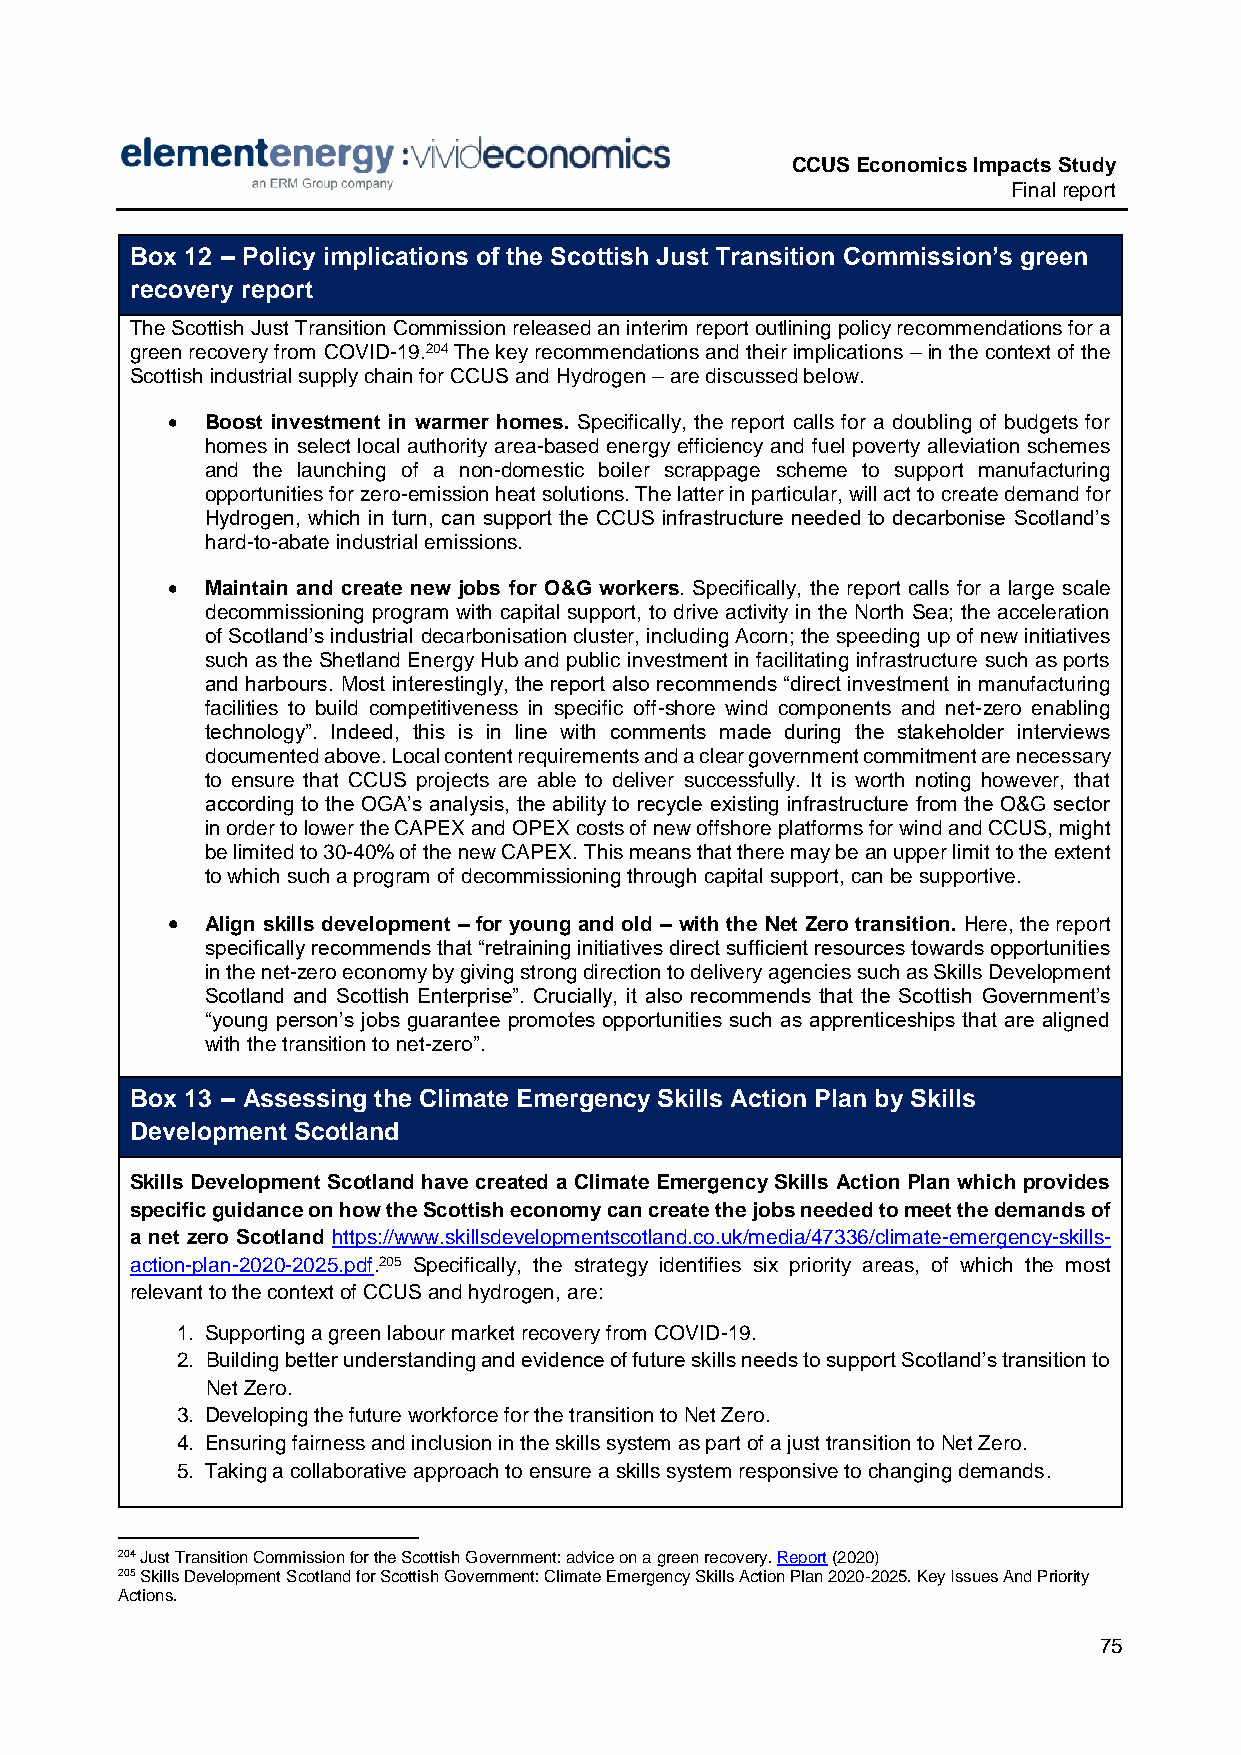
CCUS Economics Impacts Study
 Final report
 Box 12 – Policy implications of the Scottish Just Transition Commission’s green
 recovery report
 The Scottish Just Transition Commission released an interim report outlining policy recommendations for a
 green recovery from COVID-19.204 The key recommendations and their implications – in the context of the
 Scottish industrial supply chain for CCUS and Hydrogen – are discussed below.
   Boost investment in warmer homes. Specifically, the report calls for a doubling of budgets for
 homes in select local authority area-based energy efficiency and fuel poverty alleviation schemes
 and the launching of a non-domestic boiler scrappage scheme to support manufacturing
 opportunities for zero-emission heat solutions. The latter in particular, will act to create demand for
 Hydrogen, which in turn, can support the CCUS infrastructure needed to decarbonise Scotland’s
 hard-to-abate industrial emissions.
   Maintain and create new jobs for O&G workers. Specifically, the report calls for a large scale
 decommissioning program with capital support, to drive activity in the North Sea; the acceleration
 of Scotland’s industrial decarbonisation cluster, including Acorn; the speeding up of new initiatives
 such as the Shetland Energy Hub and public investment in facilitating infrastructure such as ports
 and harbours. Most interestingly, the report also recommends “direct investment in manufacturing
 facilities to build competitiveness in specific off-shore wind components and net-zero enabling
 technology”. Indeed, this is in line with comments made during the stakeholder interviews
 documented above. Local content requirements and a clear government commitment are necessary
 to ensure that CCUS projects are able to deliver successfully. It is worth noting however, that
 according to the OGA’s analysis, the ability to recycle existing infrastructure from the O&G sector
 in order to lower the CAPEX and OPEX costs of new offshore platforms for wind and CCUS, might
 be limited to 30-40% of the new CAPEX. This means that there may be an upper limit to the extent
 to which such a program of decommissioning through capital support, can be supportive.
   Align skills development – for young and old – with the Net Zero transition. Here, the report
 specifically recommends that “retraining initiatives direct sufficient resources towards opportunities
 in the net-zero economy by giving strong direction to delivery agencies such as Skills Development
 Scotland and Scottish Enterprise”. Crucially, it also recommends that the Scottish Government’s
 “young person’s jobs guarantee promotes opportunities such as apprenticeships that are aligned
 with the transition to net-zero”.
 Box 13 – Assessing the Climate Emergency Skills Action Plan by Skills
 Development Scotland
 Skills Development Scotland have created a Climate Emergency Skills Action Plan which provides
 specific guidance on how the Scottish economy can create the jobs needed to meet the demands of
 a net zero Scotland https://www.skillsdevelopmentscotland.co.uk/media/47336/climate-emergency-skills-
 action-plan-2020-2025.pdf.205 Specifically, the strategy identifies six priority areas, of which the most
 relevant to the context of CCUS and hydrogen, are:
 1. Supporting a green labour market recovery from COVID-19.
 2. Building better understanding and evidence of future skills needs to support Scotland’s transition to
 Net Zero.
 3. Developing the future workforce for the transition to Net Zero.
 4. Ensuring fairness and inclusion in the skills system as part of a just transition to Net Zero.
 5. Taking a collaborative approach to ensure a skills system responsive to changing demands.
 204 Just Transition Commission for the Scottish Government: advice on a green recovery. Report (2020)
 205 Skills Development Scotland for Scottish Government: Climate Emergency Skills Action Plan 2020-2025. Key Issues And Priority
 Actions.
 75